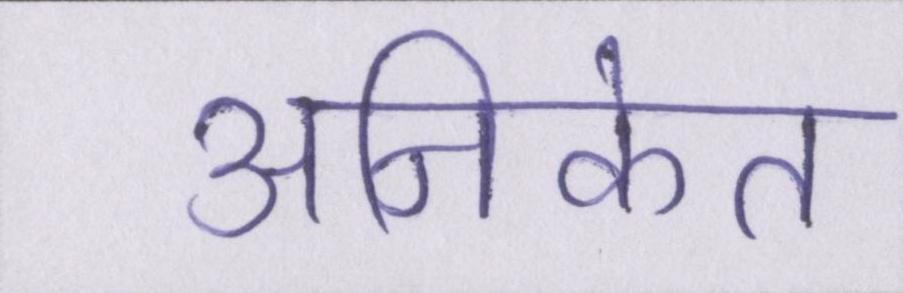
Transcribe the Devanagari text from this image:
अनिकेत